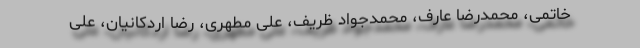
خاتمی، محمدرضا عارف، محمدجواد ظریف، علی مطهری، رضا اردکانیان، علی